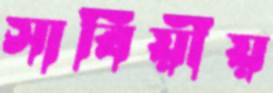
সার্বিয়ীয়